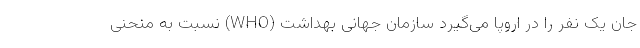
جان یک نفر را در اروپا می‌گیرد سازمان جهانی بهداشت (WHO) نسبت به منحنی